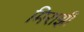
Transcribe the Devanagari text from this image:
मिराझी